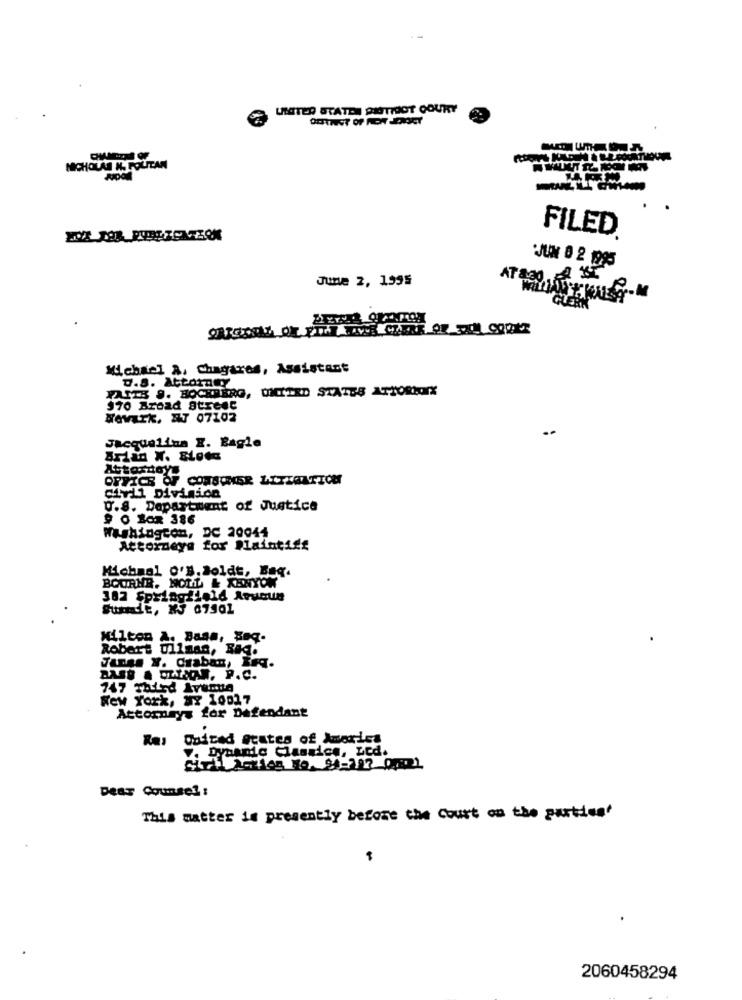
LOTER STATEN PITHOT COURT
NICHOLAS N. POLITAN
FILED
JUN 0 2 1995
June 2, 1995
ATa30 4 ST
Michael a, Chagares, Assistant
D.S. Attorney
FAITS 9. HOCHBERG, UNITED STATES ATTORNOTX
970 Broad Street
Newark, ET 07102
Jacqueline E. Bagle
OFFICE OF CONSUMER LITLAATICH
divii Division
U.S. Department of Justice
9 0 Box 386
Washington, DC 20044
Attorneys for Plaintiff
Michael o'B. Boldt, Beq.
BOURNR. NOLL & KENYON
382 Springfield Arucun
Summit, XJ 67501
Hilton A. Basa, Boq.
Robert Uliana, Big.
Janes Y. Craban, Inq.
BASH & SZYSOR. P.C.
747 Third Avenue
New York, NY 10017
Attorneys for Defendant
Ras United States of America
Dynamic Classice, Led.
Deas Counsel :
This matter is presently before the Court on the partiest
2060458294